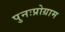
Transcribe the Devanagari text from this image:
पुनःप्रोग्राम